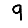
Digit: 9